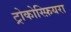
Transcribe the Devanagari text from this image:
ट्रोकोस्फ़ियरा